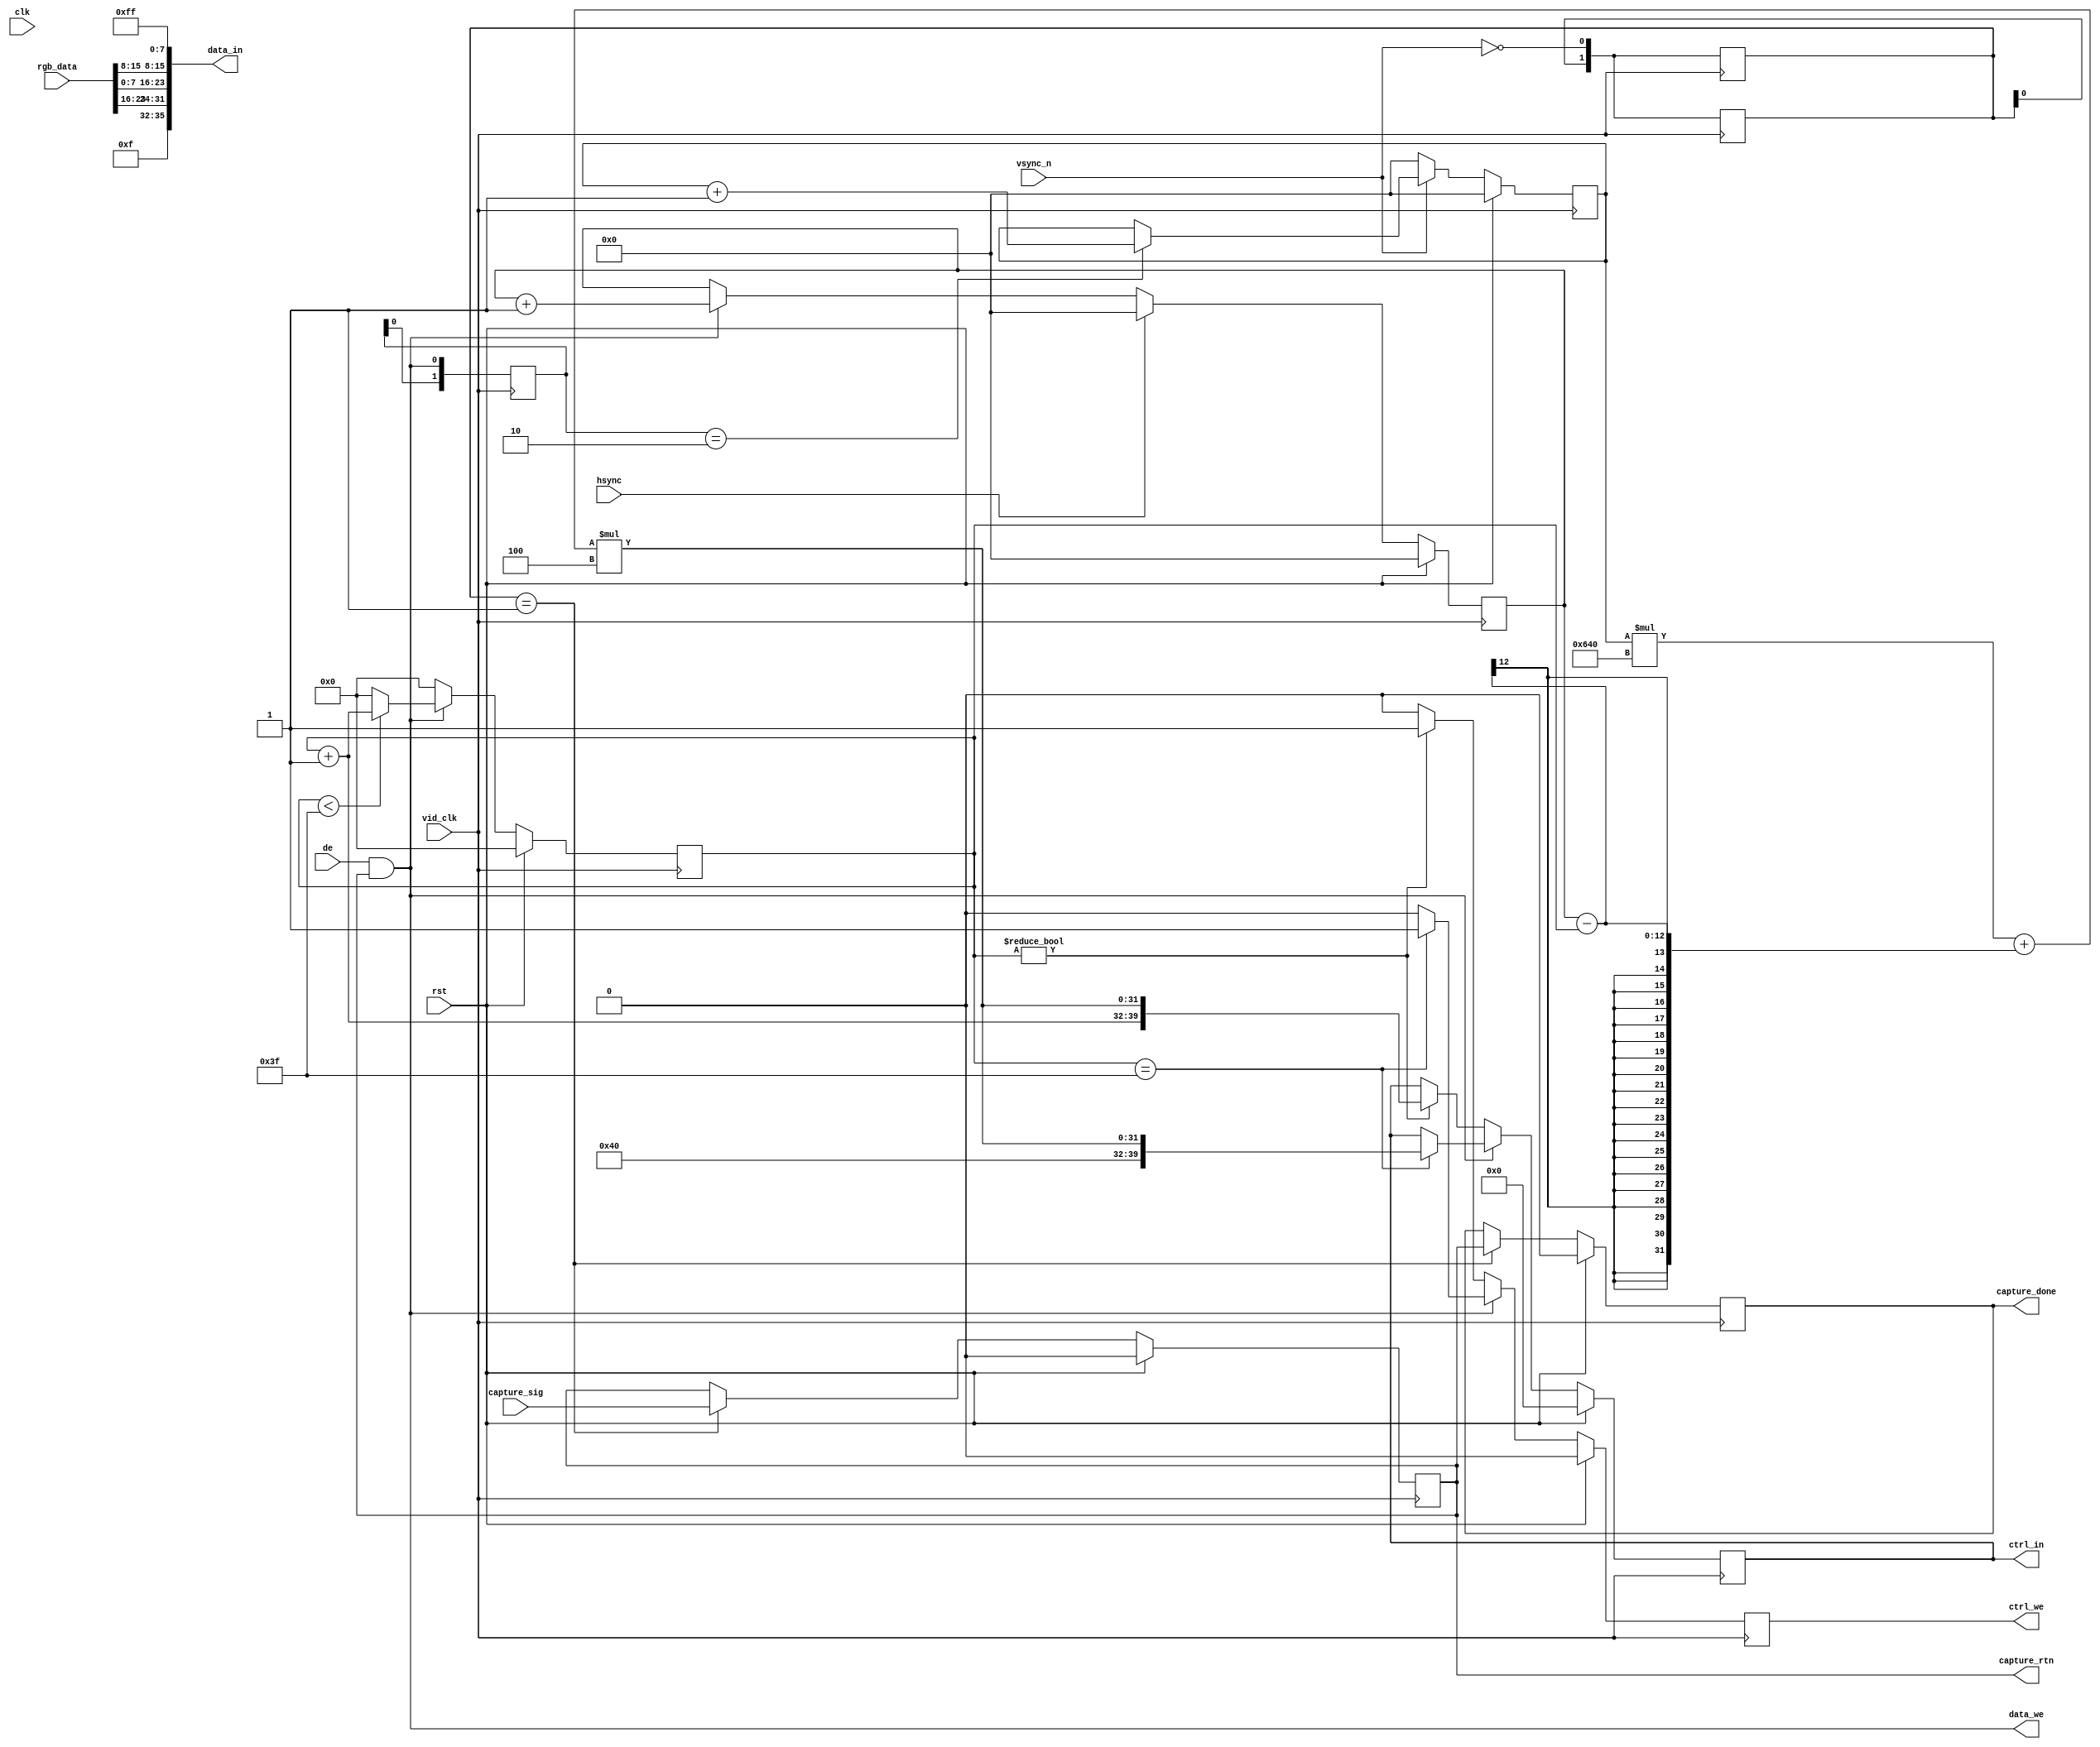
module rgb2dram(
	input wire clk,
	input wire rst,
	//DRAM WRITE
	output wire [32+4-1:0] data_in,//strb[35:32] + data[31:0]
	output wire data_we,
	output reg [32+8-1:0]ctrl_in,//len[39:32] + addr[31:0]
	output reg ctrl_we,
	//VIDEO
	input wire vid_clk,
	input wire hsync,
	input wire vsync_n,
	input wire de,
	input wire [23:0] rgb_data,//red,blue,green
	//Capture
	input wire capture_sig,
	output reg capture_rtn,
	output reg capture_done
);

	localparam WIDTH = 32'd1600;
	wire vsync = ~vsync_n;

	wire capture_de = de && capture_rtn;

	wire [23:0] rgb_data_o;

	assign data_in = {4'hf,rgb_data[23:16],rgb_data[7:0],rgb_data[15:8],8'hff};
	assign data_we = capture_de;

//キャプチャ
	reg [1:0]vsync_edge;
	always @(posedge vid_clk) begin
		vsync_edge <= {vsync_edge[0],vsync};
	end
	always @(posedge vid_clk) begin
		if(rst)
			capture_rtn <= 1'b0;
		else if(vsync_edge == 2'b01)
			capture_rtn <= (capture_sig == 1'b1);
	end
	always @(posedge vid_clk) begin
		if(rst)
			capture_done <= 1'b0;
		else if(vsync_edge == 2'b01)
			capture_done <= capture_rtn;
	end
	
//カウンタ
	reg [11:0] x_cnt;
	always @(posedge vid_clk) begin
		if(rst)
			x_cnt <= 12'h0;
		else if(hsync)
			x_cnt <= 12'h0;
		else if(capture_de)
			x_cnt <= x_cnt + 12'h1;
	end
	reg [1:0]vsync_edge;
	always @(posedge vid_clk) begin
		vsync_edge <= {vsync_edge[0],vsync};
	end
	reg [1:0]de_edge;
	always @(posedge vid_clk) begin
		de_edge <= {de_edge[0],capture_de};
	end
	reg [1:0]hsync_edge;
	always @(posedge vid_clk) begin
		hsync_edge <= {hsync_edge[0],hsync};
	end
	reg [11:0] y_cnt;
	always @(posedge vid_clk) begin
		if(rst)
			y_cnt <= 12'h0;
		else if(vsync)
			y_cnt <= 12'h0;
		else if(de_edge == 2'b10)
			y_cnt <= y_cnt + 12'h1;
	end
	reg [7:0] write_cnt;
	always @(posedge vid_clk) begin
		if(rst)
			write_cnt <= 8'h0;
		else if(capture_de)
			if(write_cnt < 8'd64 - 12'h1)//上限に達していなければ
				write_cnt <= write_cnt + 8'h1;
			else
				write_cnt <= 8'h0;
		else
			write_cnt <= 8'h0;
	end

	wire [31:0] address = ((y_cnt * WIDTH) + (x_cnt - write_cnt)) * 32'h4;
	always @(posedge vid_clk) begin
		if(rst) begin
			ctrl_in <= 40'h0;
			ctrl_we <= 1'b0;
		end else if(capture_de) begin
			if(write_cnt == 8'd63) begin//kickするタイミング
				ctrl_in <= {8'd64,address};
				ctrl_we <= 1'b1;
			end else begin
				ctrl_we <= 1'b0;
			end
		end else begin
			if(write_cnt != 8'h0) begin
				ctrl_in <= {write_cnt+ 8'h1,address};
				ctrl_we <= 1'b1;
			end else begin
				ctrl_we <= 1'b0;
			end
		end
	end
endmodule